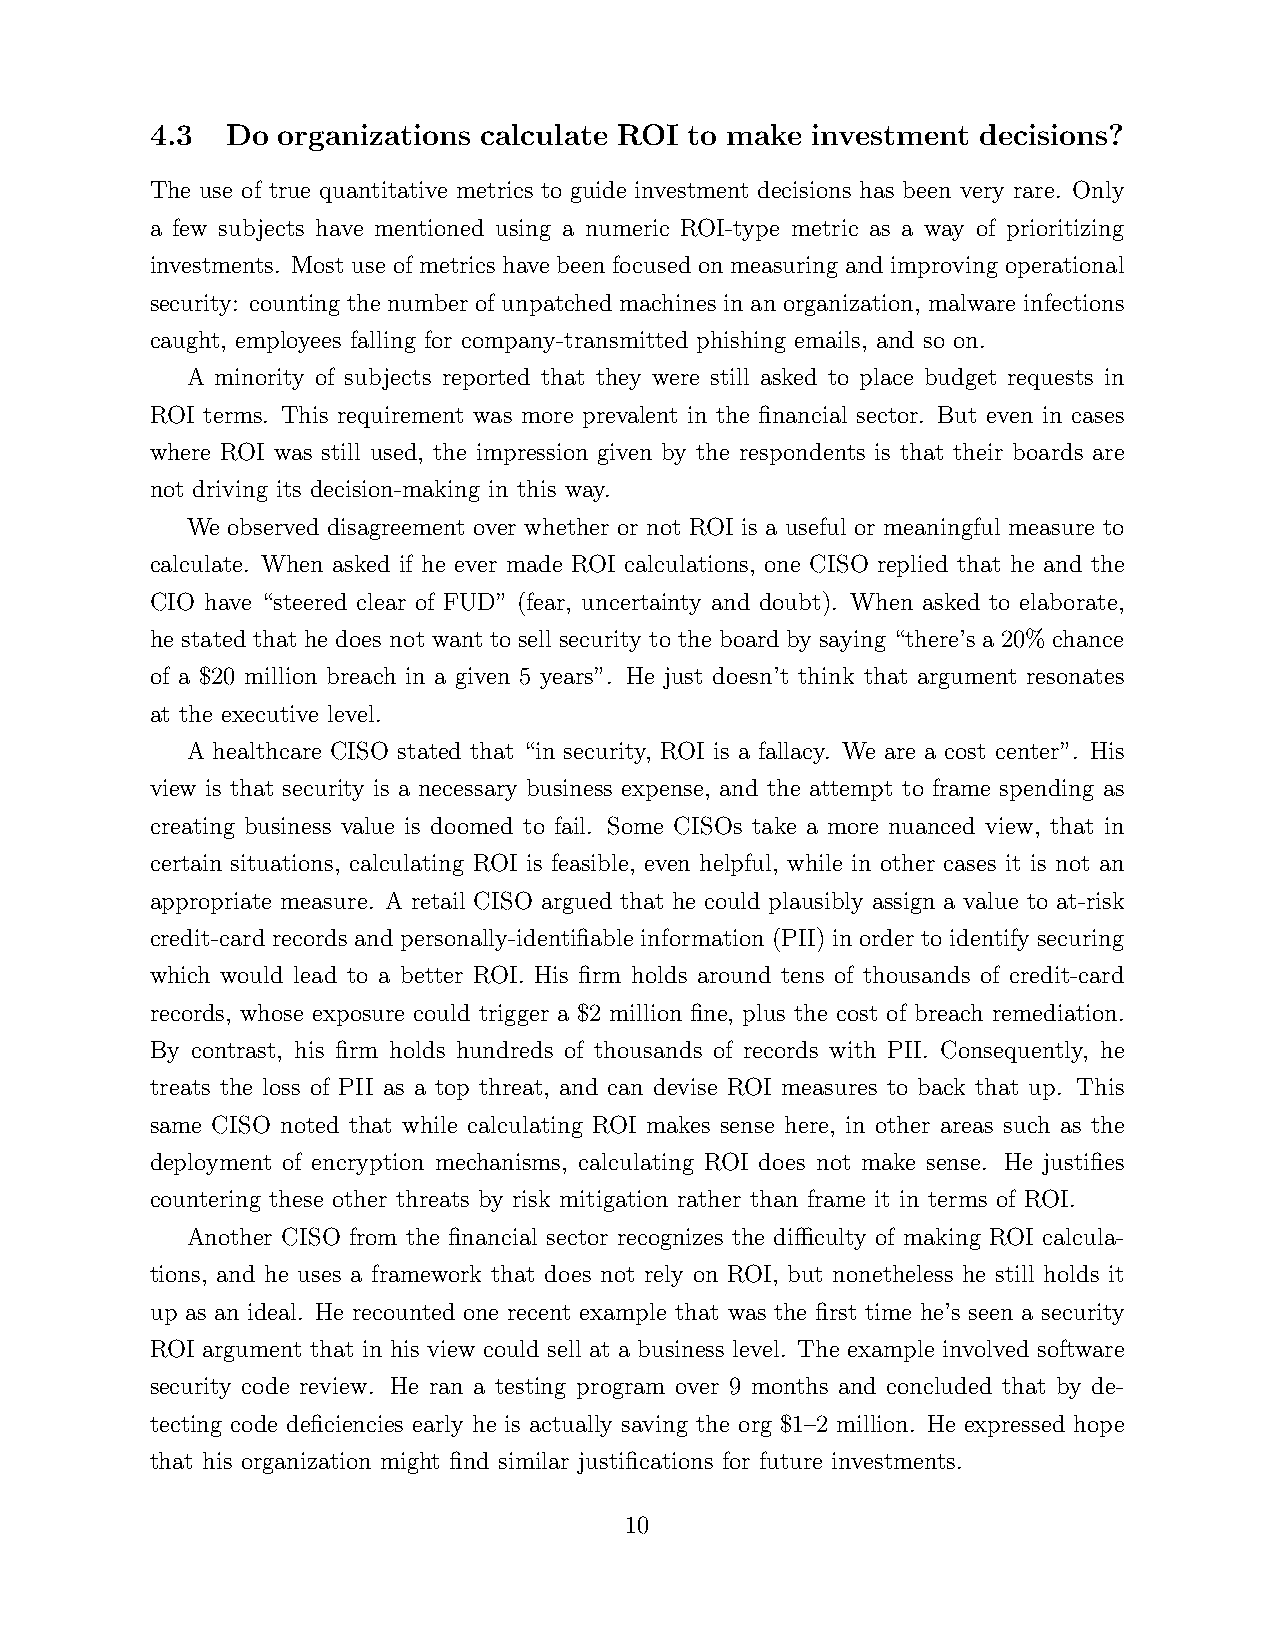
4.3  Do organizations calculate ROI to make investment decisions?
 The use of true quantitative metrics to guide investment decisions has been very rare. Only
 a few subjects have mentioned using a numeric ROI-type metric as a way of prioritizing
 investments. Most use of metrics have been focused on measuring and improving operational
 security: counting the number of unpatched machines in an organization, malware infections
 caught, employees falling for company-transmitted phishing emails, and so on.
 A minority of subjects reported that they were still asked to place budget requests in
 ROI terms. This requirement was more prevalent in the financial sector. But even in cases
 where ROI was still used, the impression given by the respondents is that their boards are
 not driving its decision-making in this way.
 We observed disagreement over whether or not ROI is a useful or meaningful measure to
 calculate. When asked if he ever made ROI calculations, one CISO replied that he and the
 CIO have “steered clear of FUD” (fear, uncertainty and doubt). When asked to elaborate,
 he stated that he does not want to sell security to the board by saying “there’s a 20% chance
 of a $20 million breach in a given 5 years”. He just doesn’t think that argument resonates
 at the executive level.
 A healthcare CISO stated that “in security, ROI is a fallacy. We are a cost center”. His
 view is that security is a necessary business expense, and the attempt to frame spending as
 creating business value is doomed to fail. Some CISOs take a more nuanced view, that in
 certain situations, calculating ROI is feasible, even helpful, while in other cases it is not an
 appropriate measure. A retail CISO argued that he could plausibly assign a value to at-risk
 credit-card records and personally-identifiable information (PII) in order to identify securing
 which would lead to a better ROI. His firm holds around tens of thousands of credit-card
 records, whose exposure could trigger a $2 million fine, plus the cost of breach remediation.
 By contrast, his firm holds hundreds of thousands of records with PII. Consequently, he
 treats the loss of PII as a top threat, and can devise ROI measures to back that up. This
 same CISO noted that while calculating ROI makes sense here, in other areas such as the
 deployment of encryption mechanisms, calculating ROI does not make sense. He justifies
 countering these other threats by risk mitigation rather than frame it in terms of ROI.
 Another CISO from the financial sector recognizes the difficulty of making ROI calcula-
 tions, and he uses a framework that does not rely on ROI, but nonetheless he still holds it
 up as an ideal. He recounted one recent example that was the first time he’s seen a security
 ROI argument that in his view could sell at a business level. The example involved software
 security code review. He ran a testing program over 9 months and concluded that by de-
 tecting code deficiencies early he is actually saving the org $1–2 million. He expressed hope
 that his organization might find similar justifications for future investments.
 10